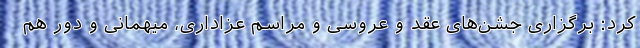
کرد: برگزاری جشن‌های عقد و عروسی و مراسم‌ عزاداری، میهمانی و دور هم